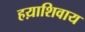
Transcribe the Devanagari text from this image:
हय़ाशिवाय